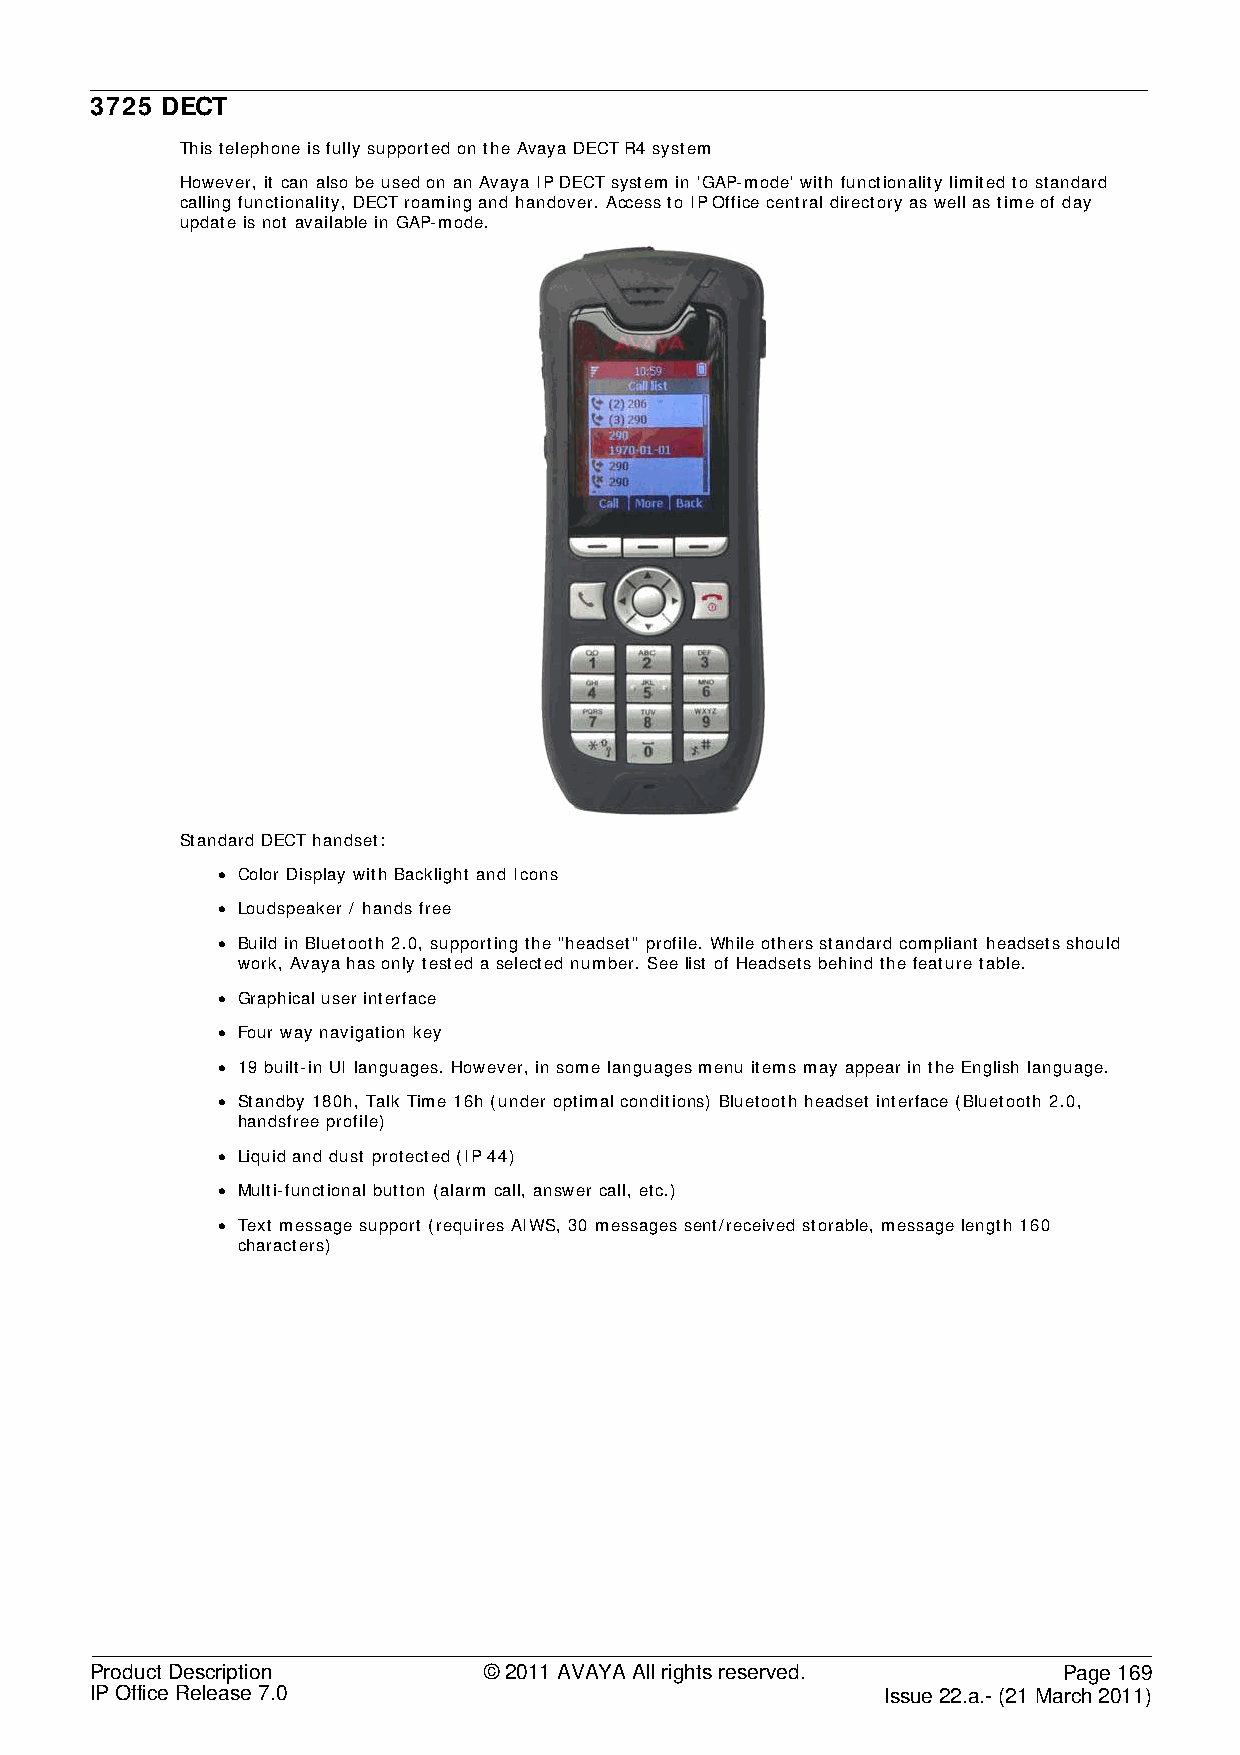
3725 DECT
 This telephone is fully supported on the Avaya DECT R4 system
 However, it can also be used on an Avaya IP DECT system in 'GAP-mode' with functionality limited to standard
 calling functionality, DECT roaming and handover. Access to IP Office central directory as well as time of day
 update is not available in GAP-mode.
 Standard DECT handset:
 • Color Display with Backlight and Icons
 • Loudspeaker / hands free
 • Build in Bluetooth 2.0, supporting the "headset" profile. While others standard compliant headsets should
 work, Avaya has only tested a selected number. See list of Headsets behind the feature table.
 • Graphical user interface
 • Four way navigation key
 • 19 built-in UI languages. However, in some languages menu items may appear in the English language.
 • Standby 180h, Talk Time 16h (under optimal conditions) Bluetooth headset interface (Bluetooth 2.0,
 handsfree profile)
 • Liquid and dust protected (IP 44)
 • Multi-functional button (alarm call, answer call, etc.)
 • Text message support (requires AIWS, 30 messages sent/received storable, message length 160
 characters)
 Product Description       © 2011 AVAYA All rights reserved.     Page 169
 IP Office Release 7.0                                Issue 22.a.- (21 March 2011)